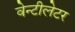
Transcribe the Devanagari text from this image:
वेन्टीलेटर